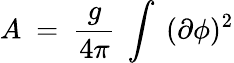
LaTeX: A~=~{\frac{g}{4\pi}}~\int~(\partial\phi)^{2}